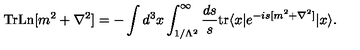
\mathrm { T r L n } [ m ^ { 2 } + \nabla ^ { 2 } ] = - \int d ^ { 3 } x \int _ { 1 / \Lambda ^ { 2 } } ^ { \infty } \frac { d s } { s } \mathrm { t r } \langle x | e ^ { - i s [ m ^ { 2 } + \nabla ^ { 2 } ] } | x \rangle .